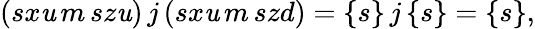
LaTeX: (sx\mathit{u}\, m\, sz\mathit{u})\, j\, (sx\mathit{u}\, m\, szd)=\{ s\} \, j\, \{ s\} =\{ s\} ,